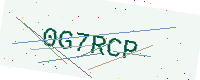
Text: 0G7RCP